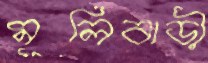
মূলিবাড়ী